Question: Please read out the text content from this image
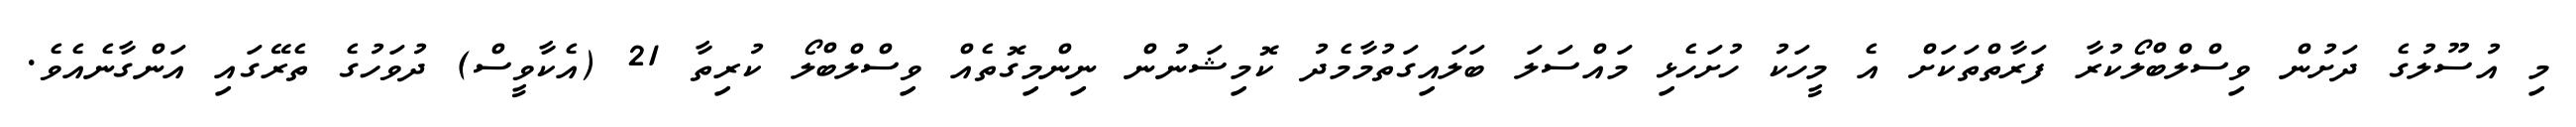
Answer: މި އުސޫލުގެ ދަށުން ވިސްލްބްލޯކުރާ ފަރާތްތަކަށް އެ މީހަކު ހުށަހެޅި މައްސަލަ ބަލައިގަތުމާމެދު ކޮމިޝަނުން ނިންމިގޮތެއް ވިސްލްބްލޯ ކުރިތާ 21 (އެކާވީސް) ދުވަހުގެ ތެރޭގައި އަންގާނެއެވެ.